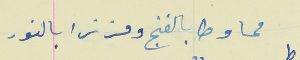
محاوطا بالغنج ومزنرا بالنور